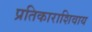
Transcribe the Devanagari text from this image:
प्रतिकाराशिवाय